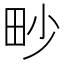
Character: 𤰬